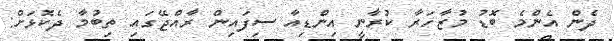
ދެން އެންމެ ބޮޑު މުޒާހަރާ ކުރާނީ އިންޑިއާ ސިފައިން ރާއްޖޭގައި ތިބުމާ ދެކޮޅަށް: